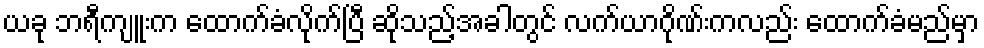
ယခု ဘရီကျူးက ထောက်ခံလိုက်ပြီ ဆိုသည့်အခါတွင် လက်ယာဂိုဏ်းကလည်း ထောက်ခံမည်မှာ